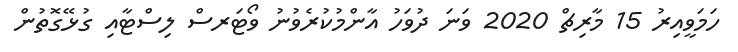
ހަމަވީއިރު 15 މާރިޗް 2020 ވަނަ ދުވަހު އާންމުކުރެވުނު ވޯޓަރސް ލިސްޓާއި ގުޅޭގޮތުން